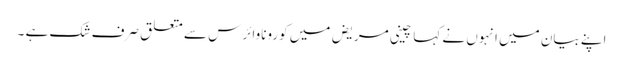
اپنے بیان میں انہوں نے کہا چینی مریض میں کوروناوائرس سے متعلق صرف شک ہے ۔